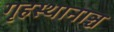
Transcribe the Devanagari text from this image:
गृहस्थानाञ्च